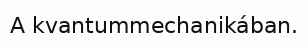
A kvantummechanikában.